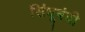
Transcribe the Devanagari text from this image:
सिंधूबंदी